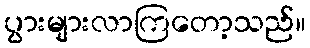
ပွားများလာကြတော့သည်။